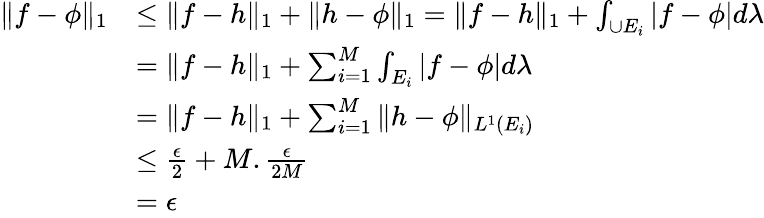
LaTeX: \begin{array}{rl}{\| f-\phi\| _{1}}&{\leq\| f-h\| _{1}+\| h-\phi\| _{1}=\| f-h\| _{1}+\int_{\cup E_{i}}|f-\phi|d\lambda}\\ &{=\| f-h\| _{1}+\sum_{i=1}^{M}\int_{E_{i}}|f-\phi|d\lambda}\\ &{=\| f-h\| _{1}+\sum_{i=1}^{M}\| h-\phi\| _{L^{1}(E_{i})}}\\ &{\leq\frac{\epsilon}{2}+M.\frac{\epsilon}{2M}}\\ &{=\epsilon}\end{array}